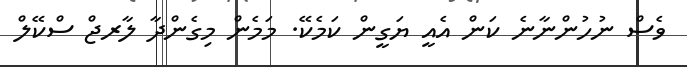
ވެސް ނުހުންނާނެ ކަން އެއީ ޔަގީން ކަމެކޭ. މަމެން މިގެންދާ ލާރޖް ސްކޭލް